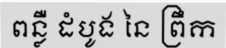
ពន្លឺ ដំបូង នៃ ព្រឹក